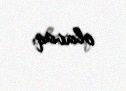
olacaq.